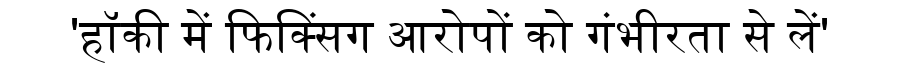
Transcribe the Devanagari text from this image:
'हॉकी में फिक्सिंग आरोपों को गंभीरता से लें'